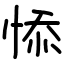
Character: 悿